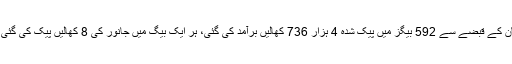
ملزمان کے قبضے سے 592 بیگز میں پیک شدہ 4 ہزار 736 کھالیں برآمد کی گئی، ہر ایک بیگ میں جانور کی 8 کھالیں پیک کی گئی تھیں۔